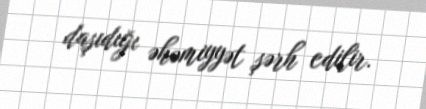
daşıdığı əhəmiyyət şərh edilir.